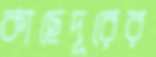
কাছেদূরের